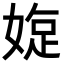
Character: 𡟐